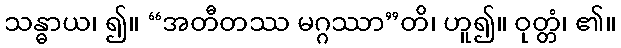
သန္ဓာယ၊ ၍။ “အတီတဿ မဂ္ဂဿာ”တိ၊ ဟူ၍။ ဝုတ္တံ၊ ၏။